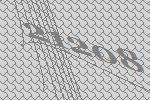
21208